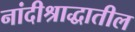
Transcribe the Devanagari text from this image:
नांदीश्राद्धातील